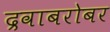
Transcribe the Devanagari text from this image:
द्रवाबरोबर